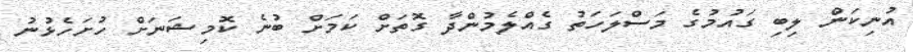
އުނިކަން ލިބި ގައުމުގެ މަސްލަހަތު ގެއްލެމުންދާ ގޮތަށް ކަމަށް ބުނެ ކޮމިޝަނަށް ހުށަހެޅުނު